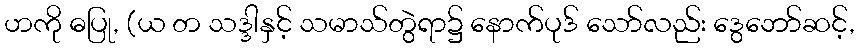
ဟကို ဓပြု, (ယ တ သဒ္ဒါနှင့် သမာသ်တွဲရာ၌ နောက်ပုဒ် သော်လည်း ဒွေဘော်ဆင့်,